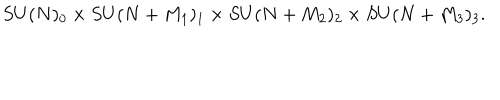
LaTeX: S U ( N ) _ { 0 } \times S U ( N + M _ { 1 } ) _ { 1 } \times S U ( N + M _ { 2 } ) _ { 2 } \times S U ( N + M _ { 3 } ) _ { 3 } .